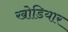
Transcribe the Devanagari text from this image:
खोडियार